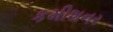
કમીશનર